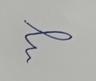
Signature authenticity: forged